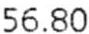
56.80